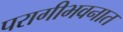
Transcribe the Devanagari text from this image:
परागीभवनात